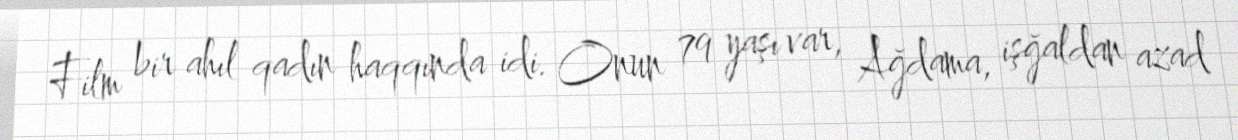
Film bir ahıl qadın haqqında idi. Onun 79 yaşı var, Ağdama, işğaldan azad